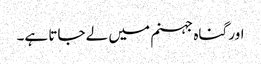
اور گناہ جہنم میں لے جاتا ہے۔